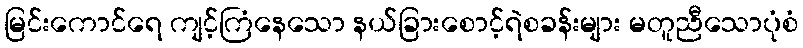
မြင်းကောင်ရေ ကျင့်ကြံနေသော နယ်ခြားစောင့်ရဲစခန်းများ မတူညီသောပုံစံ